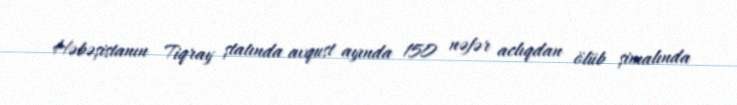
Həbəşistanın Tiqray ştatında avqust ayında 150 nəfər aclıqdan ölüb şimalında